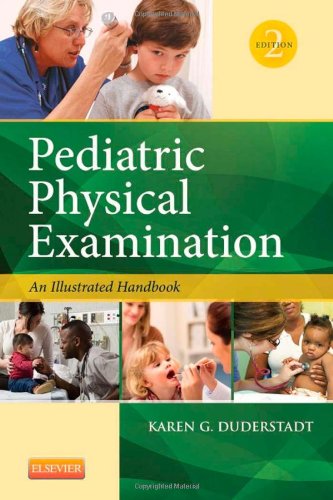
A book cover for Pediatric Physical Examination-: An Illustrated Handbook, 2e; Karen Duderstadt RN  PhD  CPNP  PCNS; Medical Books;